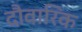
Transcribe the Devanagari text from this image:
दौवारिक